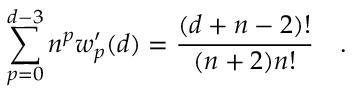
\sum _ { p = 0 } ^ { d - 3 } n ^ { p } w _ { p } ^ { \prime } ( d ) = { \frac { ( d + n - 2 ) ! } { ( n + 2 ) n ! } } ~ ~ ~ .